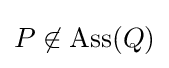
P\not \in \operatorname {Ass} (Q)